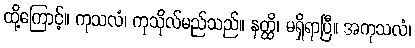
ထို့ကြောင့်။ ကုသလံ၊ ကုသိုလ်မည်သည်။ နတ္ထိ၊ မရှိရာပြီ။ အကုသလံ၊